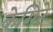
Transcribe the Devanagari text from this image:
केगिरे